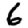
Digit: 6